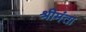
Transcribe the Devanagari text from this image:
श्रीमंता